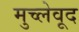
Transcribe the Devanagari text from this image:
मुच्लेवूद